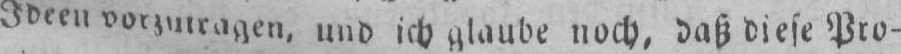
Ideen vorzutragen, und ich glaube noch, daß diese Pro-